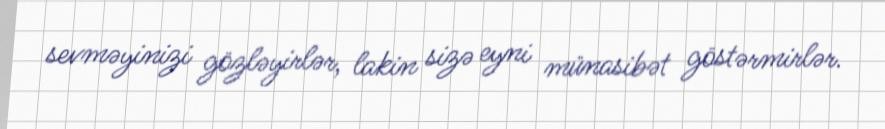
sevməyinizi gözləyirlər, lakin sizə eyni münasibət göstərmirlər.